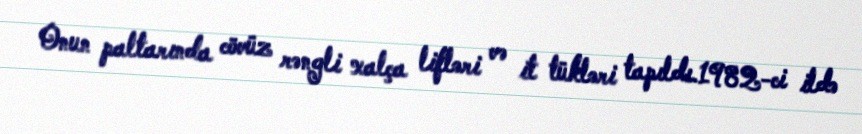
Onun paltarında cövüz rəngli xalça lifləri və it tükləri tapıldı.1982-ci ildə